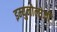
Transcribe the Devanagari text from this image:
इम्युनोलोजी